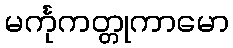
မင်္ကုကတ္တုကာမော